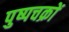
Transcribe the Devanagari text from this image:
पुष्पचक्रों